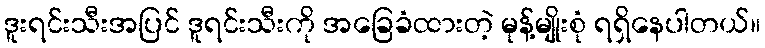
ဒူးရင်းသီးအပြင် ဒူရင်းသီးကို အခြေခံထားတဲ့ မုန့်မျိုးစုံ ရရှိနေပါတယ်။